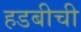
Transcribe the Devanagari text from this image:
हडबीची